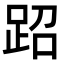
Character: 𬦪